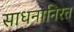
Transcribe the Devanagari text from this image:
साधनानिरत